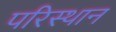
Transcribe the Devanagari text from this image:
परिस्थान